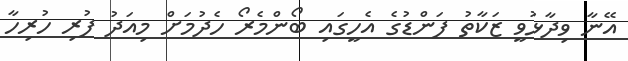
އޭނާ ވިދާޅުވީ ޒަކާތު ފަންޑުގެ އެހީގައި ބޯންމެރޯ ހެދުމަށް މިއަދު ފުރި ހުރިހާ